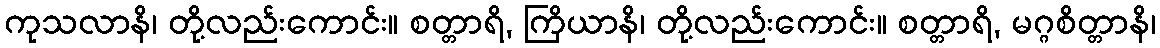
ကုသလာနိ၊ တို့လည်းကောင်း။ စတ္တာရိ, ကြိယာနိ၊ တို့လည်းကောင်း။ စတ္တာရိ, မဂ္ဂစိတ္တာနိ၊